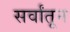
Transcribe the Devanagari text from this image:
सर्वांतून